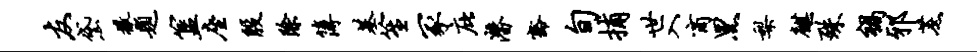
友黛撒题簋座殷除簿基笙冢庇潜豁旬捕世入商黑梨麒殊祸邪蔗